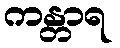
ကန္တာရ